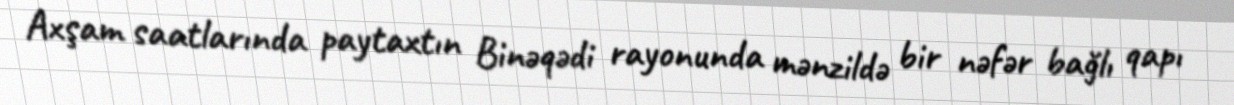
Axşam saatlarında paytaxtın Binəqədi rayonunda mənzildə bir nəfər bağlı qapı